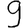
Digit: 9